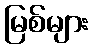
မြစ်များ